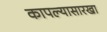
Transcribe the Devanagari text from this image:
कापल्यासारखा